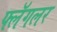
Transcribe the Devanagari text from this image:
फ्लॅगलर